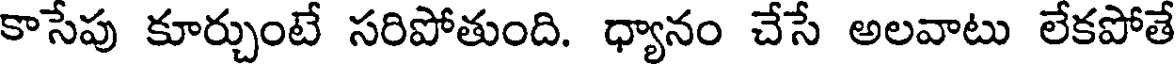
కాసేపు కూర్చుంటే సరిపోతుంది. ధ్యానం చేసే అలవాటు లేకపోతే